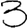
Digit: 3